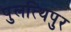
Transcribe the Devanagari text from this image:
पुलत्थिपुर